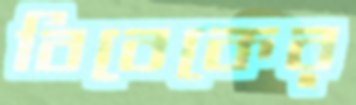
বিবেকের